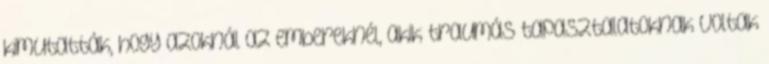
kimutatták, hogy azoknál az embereknél, akik traumás tapasztalatoknak voltak